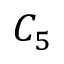
C _ { 5 }